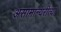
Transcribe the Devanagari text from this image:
असामान्यरीत्या